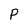
Character: P